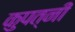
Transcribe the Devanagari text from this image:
कुपत्नी